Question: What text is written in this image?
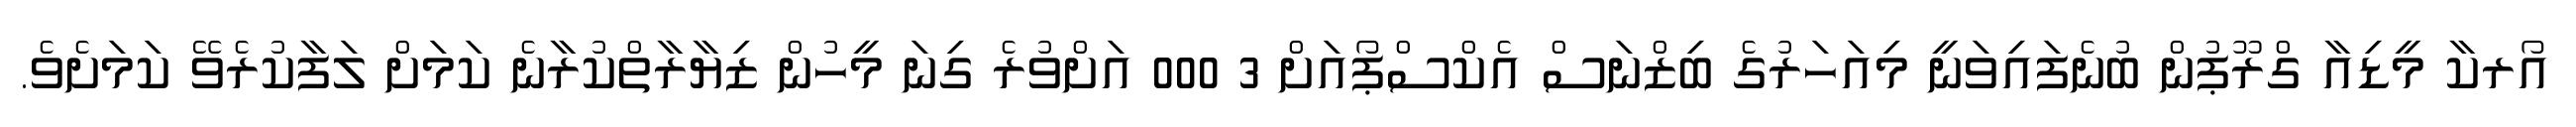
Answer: އޯރކާ މީޑިއާ ގްރޫޕުން ބުނެފައިވަނީ މިއަހަރުގެ ބިޒްނަސް އެކްސްޕޯއަށް 3 000 އަށްވުރެ ގިނަ މީހުން ޒިޔާރާތްކުރާނެ ކަމަށް ލަފާކުރެވޭ ކަމަށެވެ.